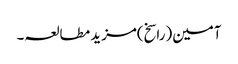
آمین(راسخ)مزید مطالعہ۔